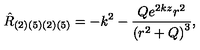
{ \hat { R } } _ { ( 2 ) ( 5 ) ( 2 ) ( 5 ) } = - k ^ { 2 } - \frac { Q e ^ { 2 k z } r ^ { 2 } } { { ( r ^ { 2 } + Q ) } ^ { 3 } } ,